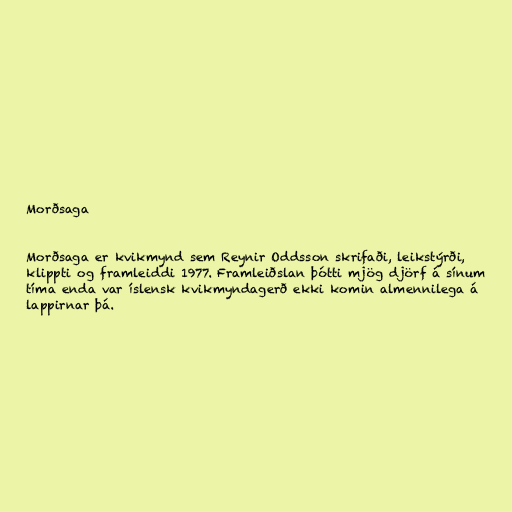
Morðsaga

Morðsaga er kvikmynd sem Reynir Oddsson skrifaði, leikstýrði,
klippti og framleiddi 1977. Framleiðslan þótti mjög djörf á sínum
tíma enda var íslensk kvikmyndagerð ekki komin almennilega á
lappirnar þá.